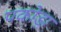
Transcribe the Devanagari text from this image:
पकोड़ा़